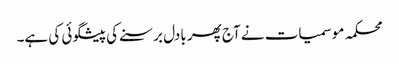
محکمہ موسمیات نے آج پھر بادل برسنے کی پیشگوئی کی ہے۔